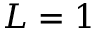
L = 1